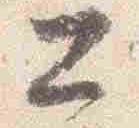
公